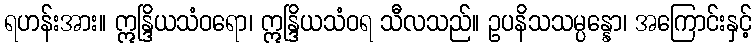
ရဟန်းအား။ ဣန္ဒြိယသံဝရော၊ ဣန္ဒြိယသံဝရ သီလသည်။ ဥပနိသသမ္ပန္နော၊ အကြောင်းနှင့်